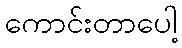
ကောင်းတာပေါ့